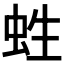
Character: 﨡